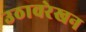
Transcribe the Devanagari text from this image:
उठावरेखन